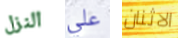
النزل علي الاثنان